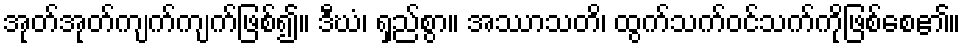
အုတ်အုတ်ကျက်ကျက်ဖြစ်၍။ ဒီဃံ၊ ရှည်စွာ။ အဿာသတိ၊ ထွက်သက်ဝင်သက်ကိုဖြစ်စေ၏။